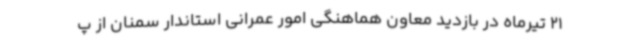
21 تیرماه در بازدید معاون هماهنگی امور عمرانی استاندار سمنان از پ